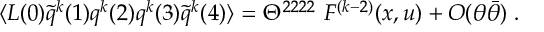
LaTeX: \langle { \cal L } ( 0 ) \tilde { q } ^ { k } ( 1 ) q ^ { k } ( 2 ) q ^ { k } ( 3 ) \tilde { q } ^ { k } ( 4 ) \rangle = \Theta ^ { 2 2 2 2 } \ F ^ { ( k - 2 ) } ( x , u ) + O ( \theta \bar { \theta } ) \; .